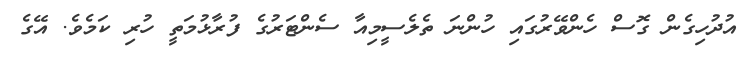
އުދުހިގެން ގޮސް ހެންވޭރުގައި ހުންނަ ތެލެސީމިއާ ސެންޓަރުގެ ފުރާޅުމަތީ ހުރި ކަމެވެ. އޭގެ